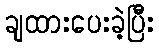
ချထားပေးခဲ့ပြီး